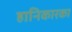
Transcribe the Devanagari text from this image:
हानिकारका